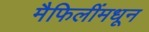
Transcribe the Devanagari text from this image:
मैफिलींमधून